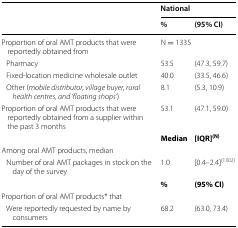
<table><thead><tr><td rowspan="2"></td><td colspan="2"><b>National</b></td></tr><tr><td><b>%</b></td><td><b>(95% CI)</b></td></tr></thead><tbody><tr><td>Proportion of oral AMT products that were reportedly obtained from</td><td colspan="2">N = 1335</td></tr><tr><td> Pharmacy</td><td>53.5</td><td>(47.3, 59.7)</td></tr><tr><td> Fixed-location medicine wholesale outlet</td><td>40.0</td><td>(33.5, 46.6)</td></tr><tr><td> Other (<i>mobile distributor, village buyer, rural health centres, and ‘floating shops’</i>)</td><td>8.1</td><td>(5.3, 10.9)</td></tr><tr><td>Proportion of oral AMT products that were reportedly obtained from a supplier within the past 3 months</td><td>53.1</td><td>(47.1, 59.0)</td></tr><tr><td></td><td><b>Median</b></td><td><b>[IQR]</b><sup><b>(N)</b></sup></td></tr><tr><td colspan="3">Among oral AMT products, median</td></tr><tr><td> Number of oral AMT packages in stock on the day of the survey</td><td>1.0</td><td>[0.4–2.4]<sup>(1302)</sup></td></tr><tr><td></td><td><b>%</b></td><td><b>(95% CI)</b></td></tr><tr><td colspan="3">Proportion of oral AMT products* that</td></tr><tr><td> Were reportedly requested by name by consumers</td><td>68.2</td><td>(63.0, 73.4)</td></tr></tbody></table>